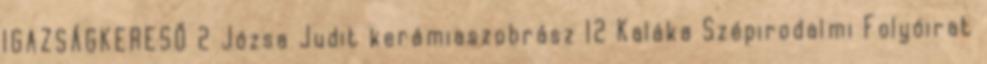
IGAZSÁGKERESŐ 2 Józsa Judit kerámiaszobrász 12 Kaláka Szépirodalmi Folyóirat